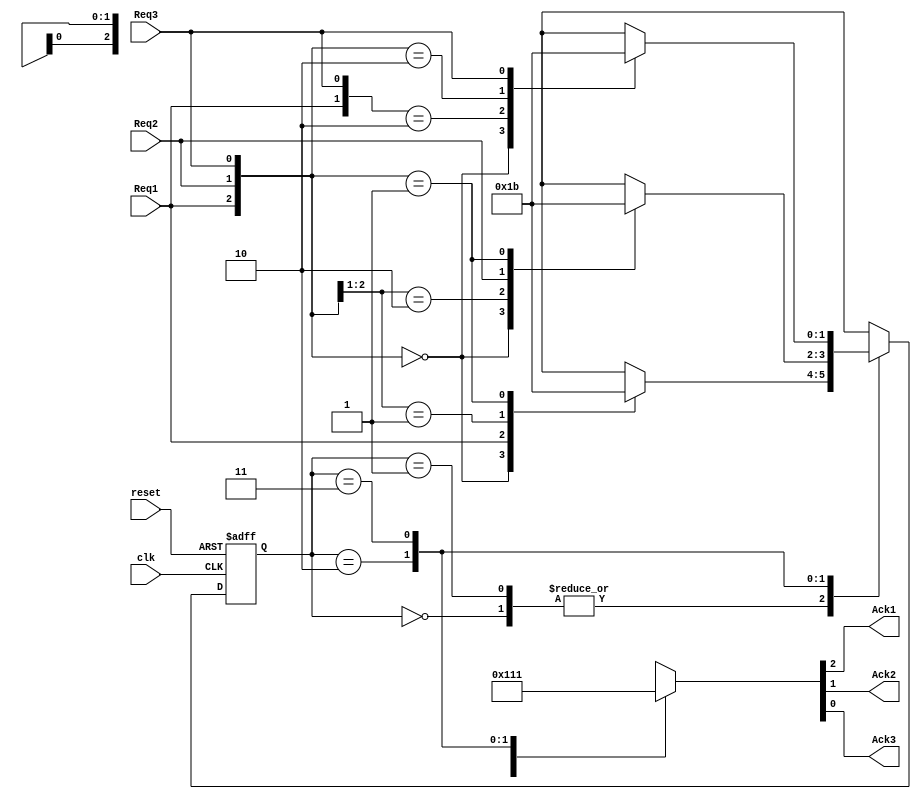
`timescale 1ns / 1ps
//////////////////////////////////////////////////////////////////////////////////
// Company: 
// Engineer: 
// 
// Design Name: 
// Module Name: Arbiter
// Project Name: 
// Target Devices: 
// Tool Versions: 
// Description: 
// 
// Dependencies: 
// 
// Revision:
// Revision 0.01 - File Created
// Additional Comments:
// 
//////////////////////////////////////////////////////////////////////////////////


module Arbiter(
    input clk, 
    input reset, 
    input Req1, 
    input Req2,
    input Req3,
    output reg Ack1,
    output reg Ack2, 
    output reg Ack3
    );
    
    localparam
        IDLE  = 0, 
        MASTER1  = 1, 
        MASTER2  = 2,
        MASTER3  = 3;
    
    //********************************
    // state register and
    // next_state variables
    //********************************
   
    reg [1:0] present_state;
    reg [1:0] next_state;
   
    //***************************************************************************
    // Nest State Combinational Logic
    // (next state values can change anytime but will be only "clocked" below)
    //***************************************************************************
    always@(*)
        case({present_state})
            IDLE: begin 
                    casez({Req1,Req2,Req3})
                        3'b000: next_state  = IDLE;
                        3'b1??: next_state  = MASTER1; // Question mark means don't care. Keep it as is.
                        3'b01?: next_state  = MASTER2;
                        3'b001: next_state  = MASTER3;
                        default: next_state = IDLE;
                    endcase
                  end        
            MASTER1: begin 
                    casez({Req1,Req2,Req3})
                        3'b000: next_state  = IDLE;
                        3'b1??: next_state  = MASTER1;
                        3'b01?: next_state  = MASTER2;
                        3'b001: next_state  = MASTER3;
                        default: next_state = IDLE;
                    endcase
                  end                                    
            MASTER2: begin 
                    casez({Req1,Req2,Req3})
                        3'b000: next_state  = IDLE;
                        3'b10?: next_state  = MASTER1; 
                        3'b?1?: next_state  = MASTER2;
                        3'b001: next_state  = MASTER3;
                        default: next_state = IDLE;
                    endcase    
                  end
            MASTER3: begin
                    casez({Req1,Req2,Req3})
                        3'b000: next_state  = IDLE;
                        3'b1?0: next_state  = MASTER1;
                        3'b010: next_state  = MASTER2;
                        3'b??1: next_state  = MASTER3;
                        default: next_state = IDLE;
                    endcase             
                  end          
            default: next_state = IDLE;           
        endcase
       
       
        //*******************************************
        // State Register Logic (Sequential Logic)
        //*******************************************
        always@(posedge clk, posedge reset)
            if(reset)
                present_state <= IDLE; // Got a reset so set state register to initial state
            else
                present_state <= next_state; // Got a posedge of clk so update state register with the next state
   
   
        //***********************************************************
        // Output Combinational Logic
        // (outputs will only change when present state changes)
        //***********************************************************
        always@(present_state)
            case(present_state)
                IDLE: begin 
                         {Ack1, Ack2, Ack3} = 3'b000;         
                       end     
                MASTER1: begin 
                         {Ack1, Ack2, Ack3} = 3'b100;         
                       end     
               	MASTER2: begin 
                         {Ack1, Ack2, Ack3} = 3'b010; //001         
                       end    
                MASTER3: begin 
                         {Ack1, Ack2, Ack3} = 3'b001; //010         
                       end              
                default: {Ack1, Ack2, Ack3} = 3'b000;                
            endcase
endmodule